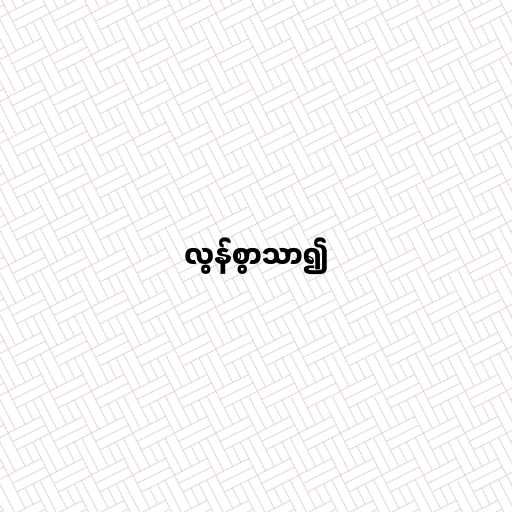
လွန်စွာသာ၍